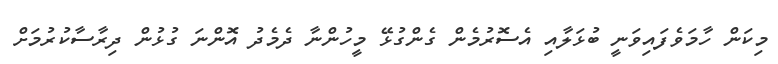
މިކަން ހާމަވެފައިވަނީ ބުޅަލާއި އެސޮރުމެން ގެންގުޅޭ މީހުންނާ ދެމެދު އޮންނަ ގުޅުން ދިރާސާކުރުމަށް